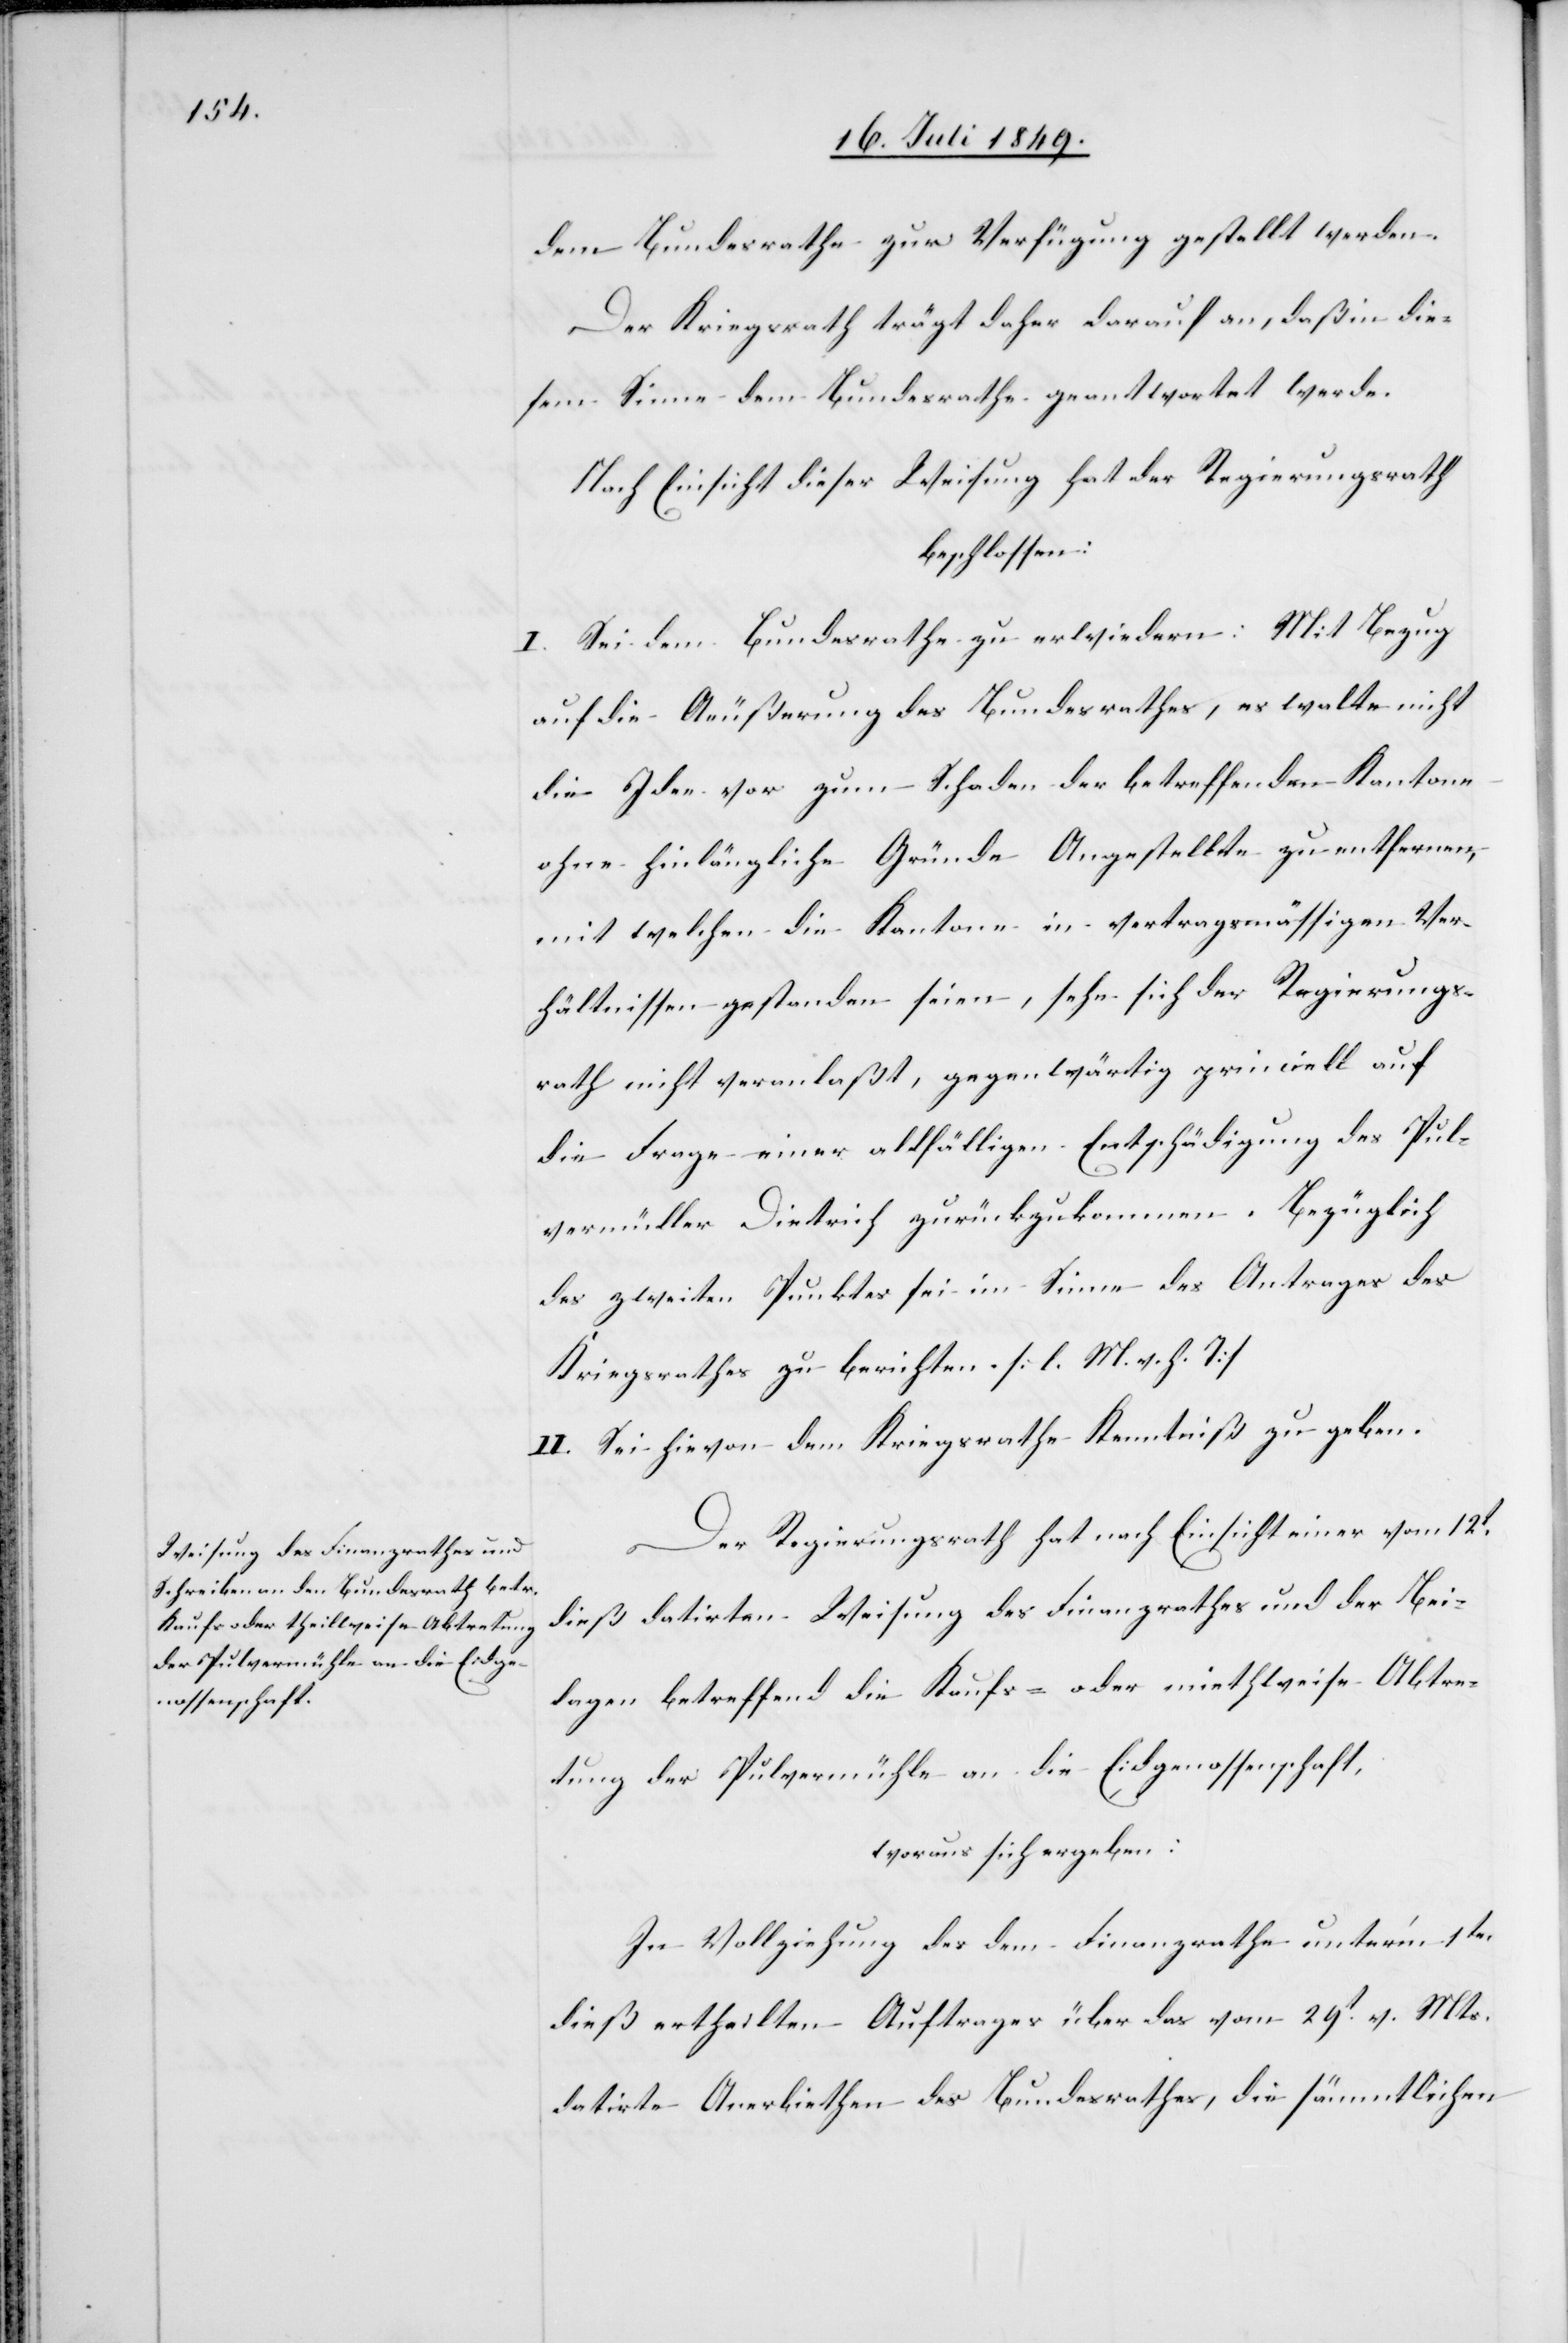
dem Bundesrathe zur Verfügung gestellt werden.
Der Kriegsrath trägt daher darauf an, daß in die¬
sem Sinne dem Bundesrathe geantwortet werde.
Nach Einsicht dieser Weisung hat der Regierungsrath
beschlossen:
I. Sei dem Bundesrathe zu erwiedern: Mit Bezug
auf die Aeußerung des Bundesrathes, es walte nicht
die Idee vor zum Schaden der betreffenden Kantone
ohne hinlängliche Gründe Angestellte zu entfernen,
mit welchen die Kantone in vertragsmässigen Ver¬
hältnisse gestanden seien, sehe sich der Regierungs¬
rath nicht veranlaßt, gegenwärtig princi[pi]ell auf
die Frage einer allfälligen Entschädigung des Pul¬
vermüller Dietrich zurückzukommen. Bezüglich
des zweiten Punktes sei im Sinne des Antrages des
Kriegsrathes zu berichten. [l. M. v. h. T]
II. Sei hievon dem Kriegsrathe Kenntniß zu geben.
Der Regierungsrath hat nach Einsicht einer vom 12t
dieß datirten Weisung des Finanzrathes und der Bei¬
lagen betreffend die Kaufs- oder miethweise Abtre¬
tung der Pulvermühle an die Eidgenossenschaft,
woraus sich ergeben:
In Vollziehung des dem Finanzrathe unter’m 1ten
dieß ertheilten Auftrages über das vom 29t v. Mts.
datirte Anerbiethen des Bundesrathes, die sämmtlichen